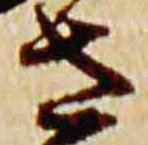
左